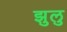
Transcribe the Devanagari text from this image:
झुलु